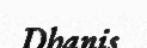
Dhanis